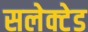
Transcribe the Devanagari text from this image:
सलेक्टेड